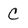
Character: C